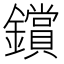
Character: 鑜